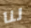
لنا